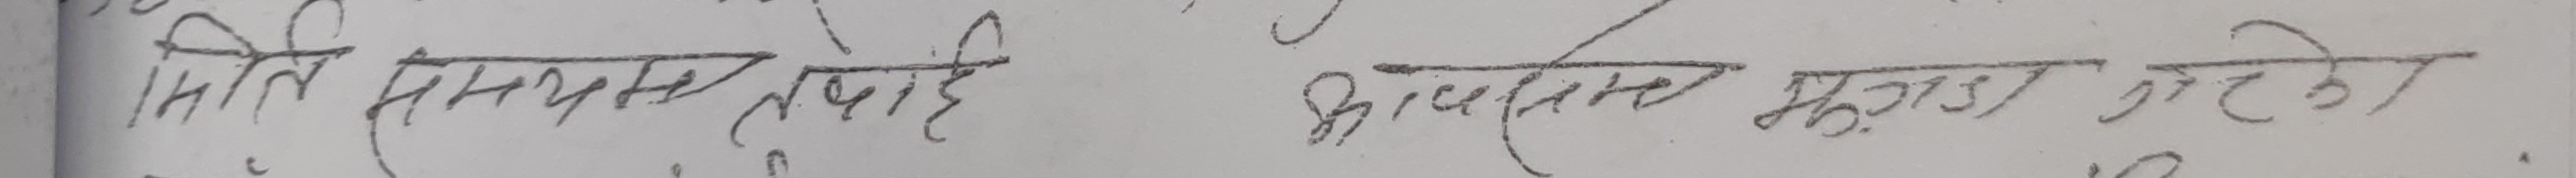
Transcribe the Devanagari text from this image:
मिति २२ साल वैशाख भा. २/१५ मुडाको